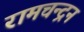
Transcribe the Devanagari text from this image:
रामचन्‍द्रन